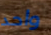
واحد